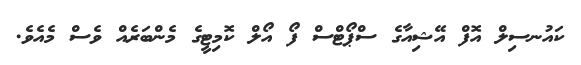
ކައުނސިލް އޮފް އޭޝިއާގެ ސްޕޯޓްސް ފޯ އޯލް ކޮމިޓީގެ މެންބަރެއް ވެސް މެއެވެ.